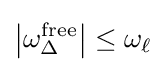
\left|\omega _{\Delta }^{\text{free}}\right|\leq \omega _{\ell }